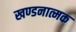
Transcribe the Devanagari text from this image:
खण्डनात्मक